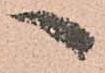
へ